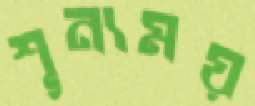
শূন্যময়